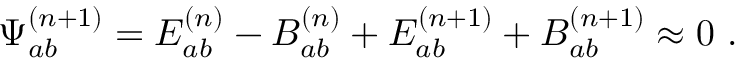
{ \Psi } _ { a b } ^ { ( n + 1 ) } = E _ { a b } ^ { ( n ) } - B _ { a b } ^ { ( n ) } + E _ { a b } ^ { ( n + 1 ) } + B _ { a b } ^ { ( n + 1 ) } \approx 0 \ .